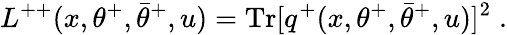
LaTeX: L^{++}(x,\theta^{+},\bar{\theta}^{+},u)=\mathrm{Tr}[q^{+}(x,\theta^{+},\bar{\theta}^{+},u)]^{2}\; .